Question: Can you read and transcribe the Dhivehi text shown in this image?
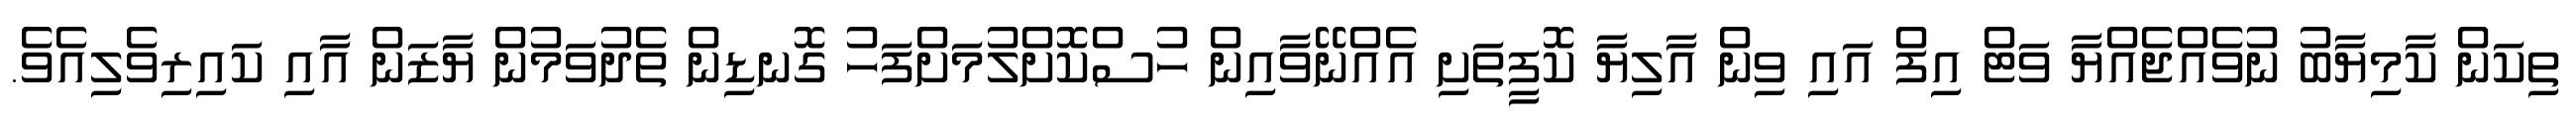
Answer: ތިކަން ކާމިޔާބު ނުވެއްޖެއްޔާ ވަޓް އިފް އައި ވިން އާލިޔާ ކޮފީތަށި އެއްނޭވާއިން ހުސްކޮށްލުމަށްފަހު ގޮނޑިން ތެދުވަމުން ޔާޒަން އާއި ކައިރިވެލިއެވެ.